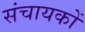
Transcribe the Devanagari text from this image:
संचायकों